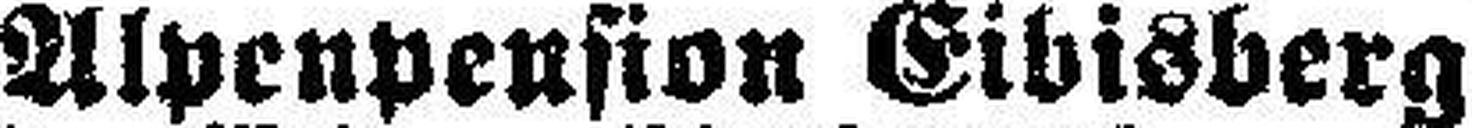
Alpenpension Eibisberg